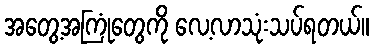
အတွေ့အကြုံတွေကို လေ့လာသုံးသပ်ရတယ်။